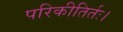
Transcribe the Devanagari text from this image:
परिकीतिर्तः।